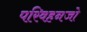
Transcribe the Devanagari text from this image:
परिवहनजो